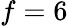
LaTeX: f=6